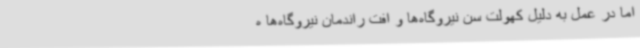
اما در عمل به دلیل کهولت سن نیروگاه‌ها و افت راندمان نیروگاه‌ها ه